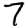
Digit: 7